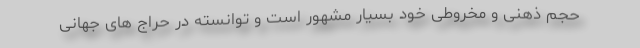
حجم ذهنی و مخروطی خود بسیار مشهور است و توانسته در حراج های جهانی